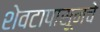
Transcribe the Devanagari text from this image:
शेवटापासूनचे